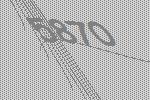
5870